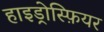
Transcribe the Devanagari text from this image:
हाइड्रोस्फ़ियर